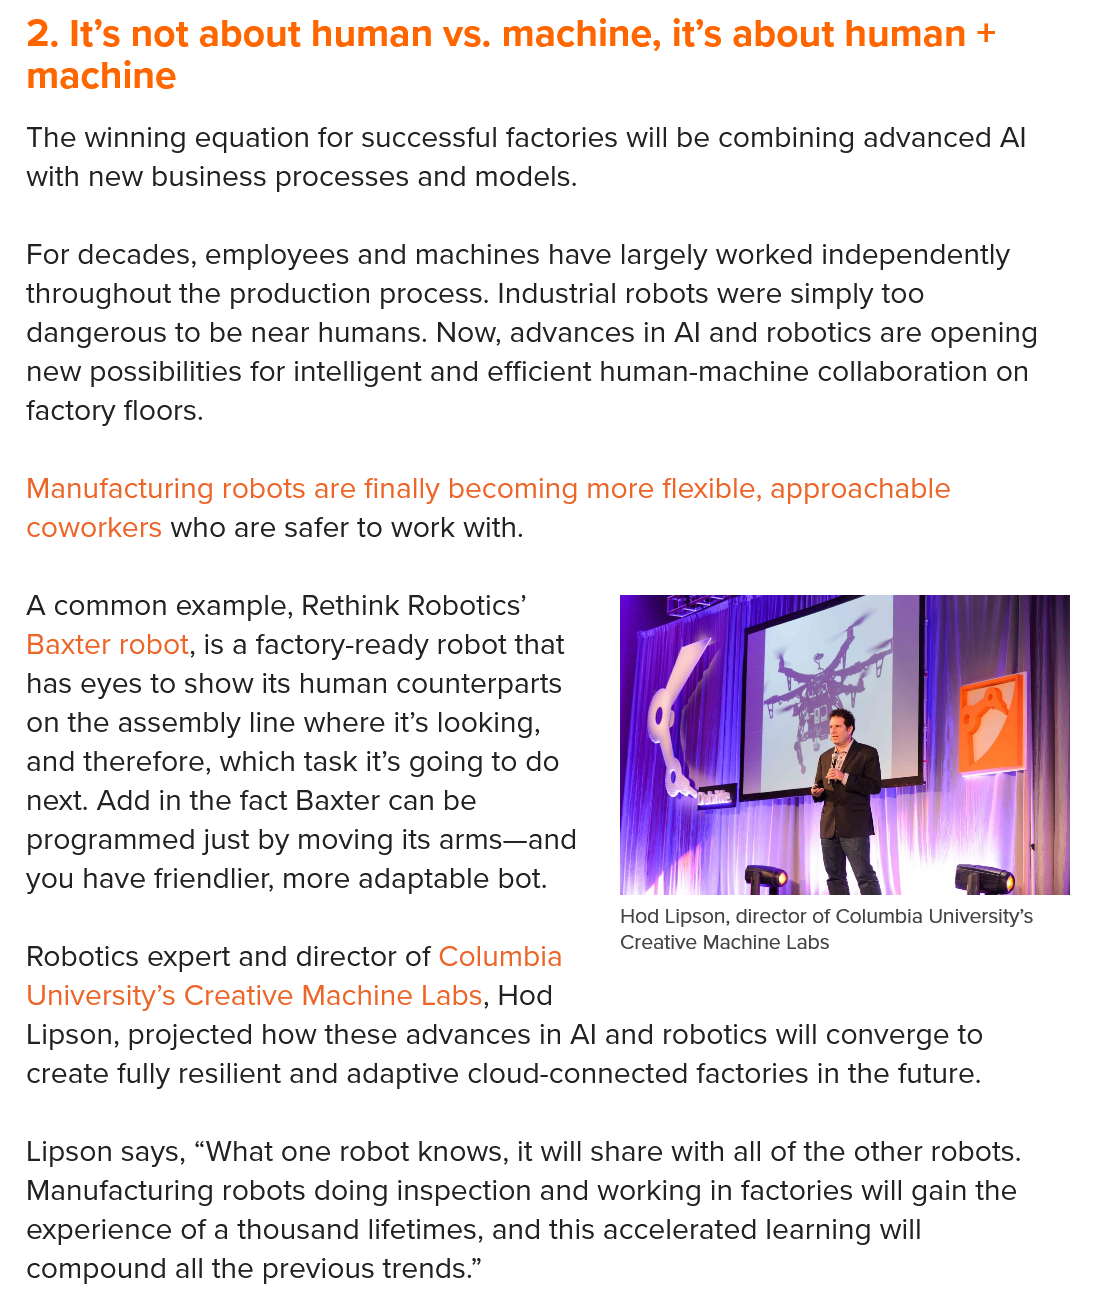
tod Lipson, director of Columbia University’s
     Creative Machine Labs
  The winning equation for successful factories will be combining advanced Al
  with new business processes and models.
  For decades, employees  and machines have largely worked independently
  throughout the production process. Industrial robots were simply too
  dangerous  to be near humans. Now, advances in Al and robotics are opening
  new  possibilities for intelligent and efficient human-machine collaboration on
  factory floors.
  Manufacturing robots are finally becoming more flexible, approachable
  coworkers who are safer to work with.
  2.  It’s not about  human  vs.    machine,  it’s  about   human    +
  machine
  A common example,   Rethink Robotics’
  Baxter robot, is a factory-ready robot that
  has eyes to show its human counterparts
  on the assembly line where it’s looking,
  and therefore, which task it’s going to do
  next. Add in the fact Baxter can be
  programmed just  by moving its arms—and
  you have friendlier, more adaptable bot.

     Hod Lipson, director of Columbia University’s
     .    .    .
     Creative Machine Labs
  Robotics expert and director of Columbia
  University’s Creative Machine Labs, Hod
  Lipson, projected how these advances in Al and robotics will converge to
  create fully resilient and adaptive cloud-connected factories in the future.
  Lipson says, “What one robot knows, it will share with all of the other robots.
  Manufacturing robots doing inspection and working in factories will gain the
  experience of a thousand lifetimes, and this accelerated learning will
  compound all the previous trends.”